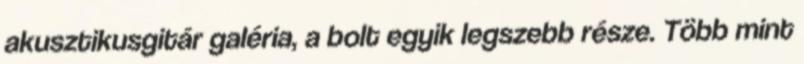
akusztikusgitár galéria, a bolt egyik legszebb része. Több mint